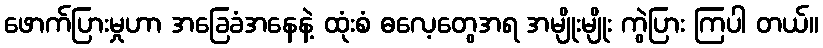
ဖောက်ပြားမှုဟာ အခြေခံအနေနဲ့ ထုံးစံ ဓလေ့တွေအရ အမျိုးမျိုး ကွဲပြား ကြပါ တယ်။